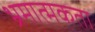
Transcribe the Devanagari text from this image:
भ्रमात्मकता